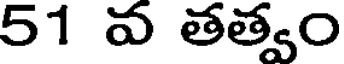
51 వ తత్వం